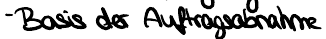
- Basis der Auftragsabnahme